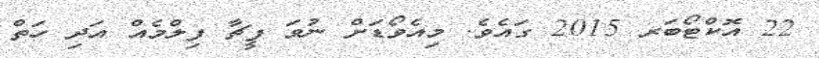
22 އޮކްޓޯބަރ 2015 ގައެވެ. މިއެވޯޑަށް ނުވަ ފީޗާ ފިލްމެއް އަދި ހަތް